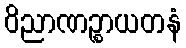
ဝိညာဏဉ္စာယတနံ